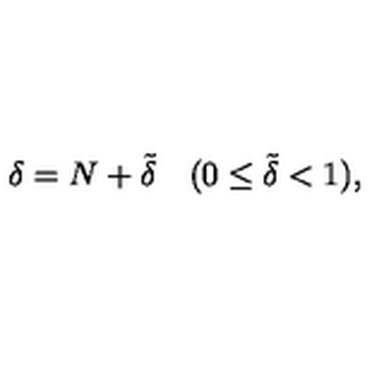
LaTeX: \delta = N + \tilde { \delta } \quad ( 0 \le \tilde { \delta } < 1 ) ,